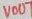
Text: VOUT